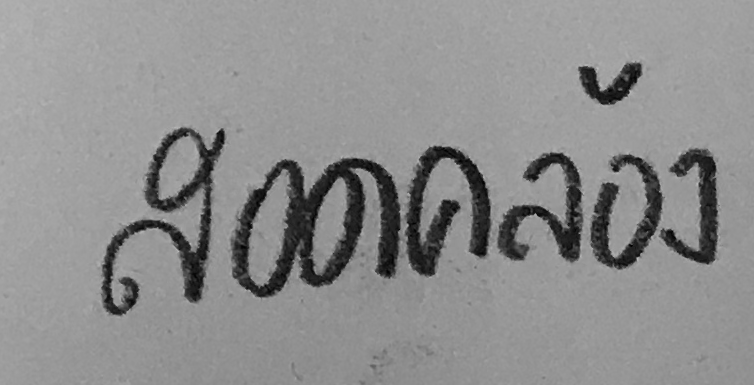
สอดคล้อง